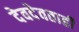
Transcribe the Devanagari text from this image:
देवदेवताही